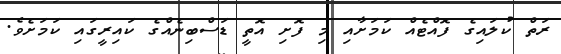
ރަތް ކުލައިގެ ފޮއްޓެއް ކަމަށާއި މި ފޮށި އޮތީ ޑަސްބިނެއްގެ ކައިރީގައި ކަމަށެވެ.